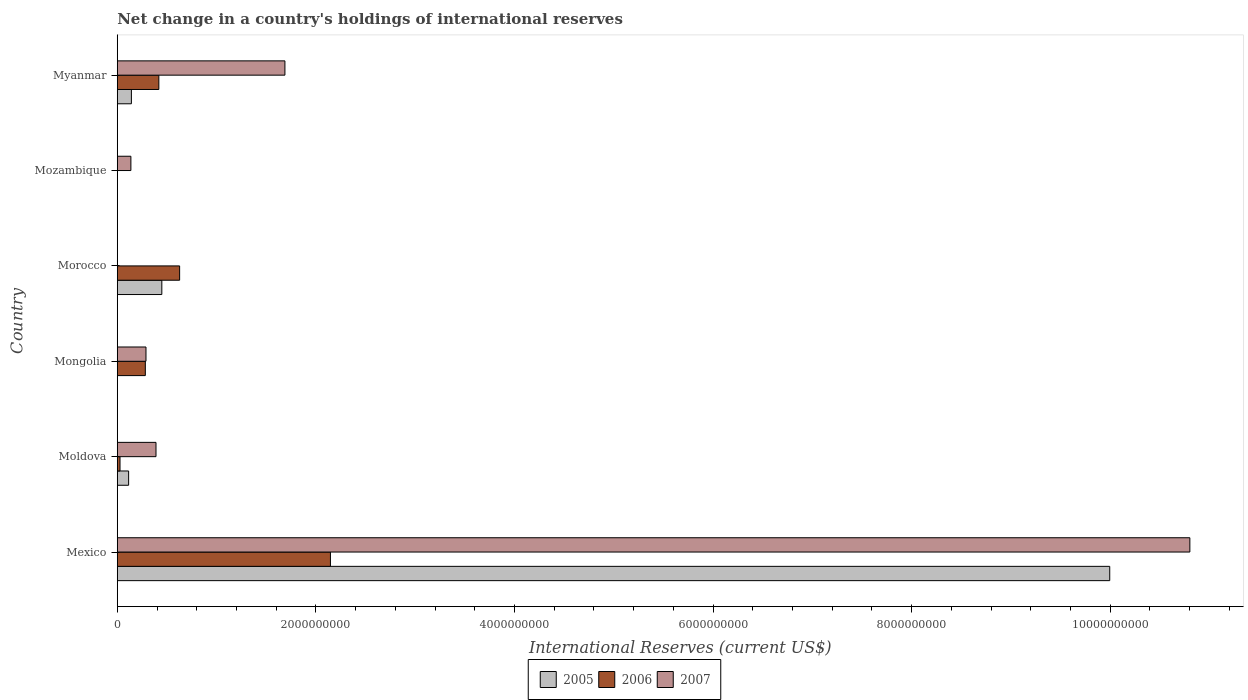
| Country | 2005 | 2006 | 2007 |
 | --- | --- | --- | --- |
 | Mexico | 1e+10 | 2.15e+09 | 1.08e+10 |
 | Moldova | 1.14e+08 | 2.75e+07 | 3.9e+08 |
 | Mongolia | -3.44e+07 | 2.83e+08 | 2.89e+08 |
 | Morocco | 4.49e+08 | 6.28e+08 | -8.4e+08 |
 | Mozambique | -1.97e+08 | -1.64e+09 | 1.37e+08 |
 | Myanmar | 1.42e+08 | 4.19e+08 | 1.69e+09 |